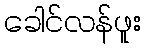
ခေါင်လန်ဖူး